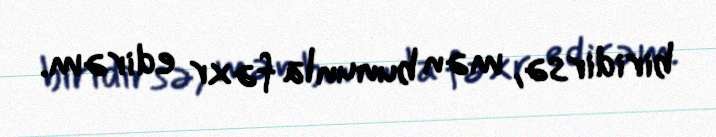
biridirsə, mən bununla fəxr edirəm.